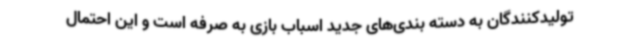
تولیدکنندگان به دسته بندی‌های جدید اسباب بازی به صرفه است و این احتمال